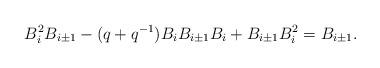
LaTeX: \begin{align*}B_i^2B_{i\pm 1}-(q+q^{-1})B_iB_{i\pm 1}B_i +B_{i\pm 1}B_i^2= B_{i\pm 1}.\end{align*}